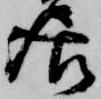
居